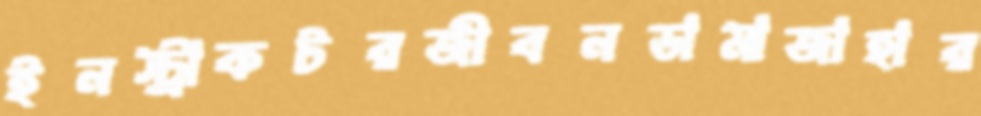
ইনস্ট্রাকটরজীবনডামাজাহার